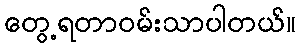
တွေ့ရတာဝမ်းသာပါတယ်။